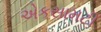
એકસામટી